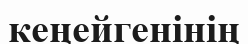
кеңейгенінің